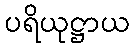
ပရိယုဋ္ဌာယ